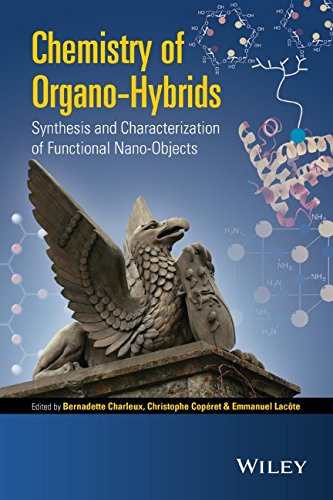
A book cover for Chemistry of Organo-hybrids: Synthesis and Characterization of Functional Nano-Objects; Bernadette Charleux; Science & Math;